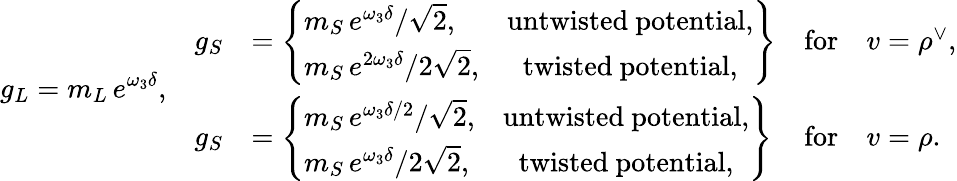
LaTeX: g_{L}=m_{L}\, e^{\omega_{3}\delta},\quad\begin{array}{llll}{{g_{S}}}&{{=\left\{ \begin{array}{lc}{{m_{S}\, e^{\omega_{3}\delta}/\sqrt 2,}}&{{\mathrm{untwisted~potential},}}\\ {{m_{S}\, e^{2\omega_{3}\delta}/2\sqrt 2,}}&{{\mathrm{twisted~potential},}}\end{array}\right\} }}&{{\mathrm{for}}}&{{v=\rho^{\vee},}}\\ {{g_{S}}}&{{=\left\{ \begin{array}{lc}{{m_{S}\, e^{\omega_{3}\delta/2}/\sqrt 2,}}&{{\mathrm{untwisted~potential},}}\\ {{m_{S}\, e^{\omega_{3}\delta}/2\sqrt 2,}}&{{\mathrm{twisted~potential},}}\end{array}\right\} }}&{{\mathrm{for}}}&{{v=\rho.}}\end{array}